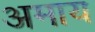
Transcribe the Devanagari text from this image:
अमाय